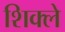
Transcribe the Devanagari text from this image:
शिक्ले